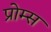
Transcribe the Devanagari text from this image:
प्रोम्स